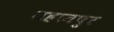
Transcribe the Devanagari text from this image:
महानपुर